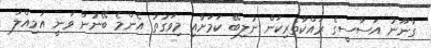
ގާނޫނު އަސާސީގެ ރައްކާތެރިކަން ނުލިބޭ ކަމަށާއި މިވަގުތު އެންމެ ބޭނުން ވަނީ އަމިއްލަ